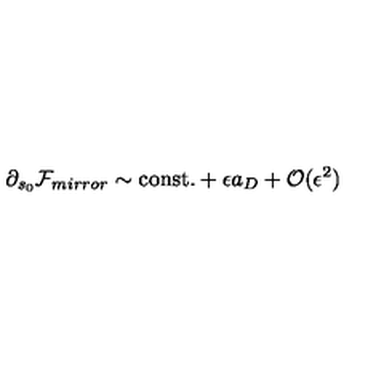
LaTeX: \partial _ { s _ { 0 } } { \cal F } _ { m i r r o r } \sim \mathrm { c o n s t . } + \epsilon a _ { D } + { \cal O } ( \epsilon ^ { 2 } )